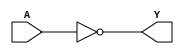
module sky130_fd_sc_ms__bufinv (
    Y,
    A
);

    // Module ports
    output Y;
    input  A;

    // Module supplies
    supply1 VPWR;
    supply0 VGND;
    supply1 VPB ;
    supply0 VNB ;

    // Local signals
    wire not0_out_Y;

    //  Name  Output      Other arguments
    not not0 (not0_out_Y, A              );
    buf buf0 (Y         , not0_out_Y     );

endmodule